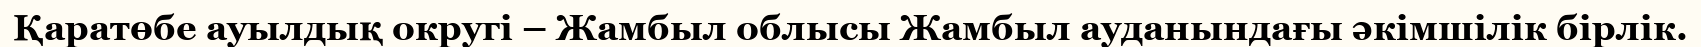
Қаратөбе ауылдық округі – Жамбыл облысы Жамбыл ауданындағы әкімшілік бірлік.